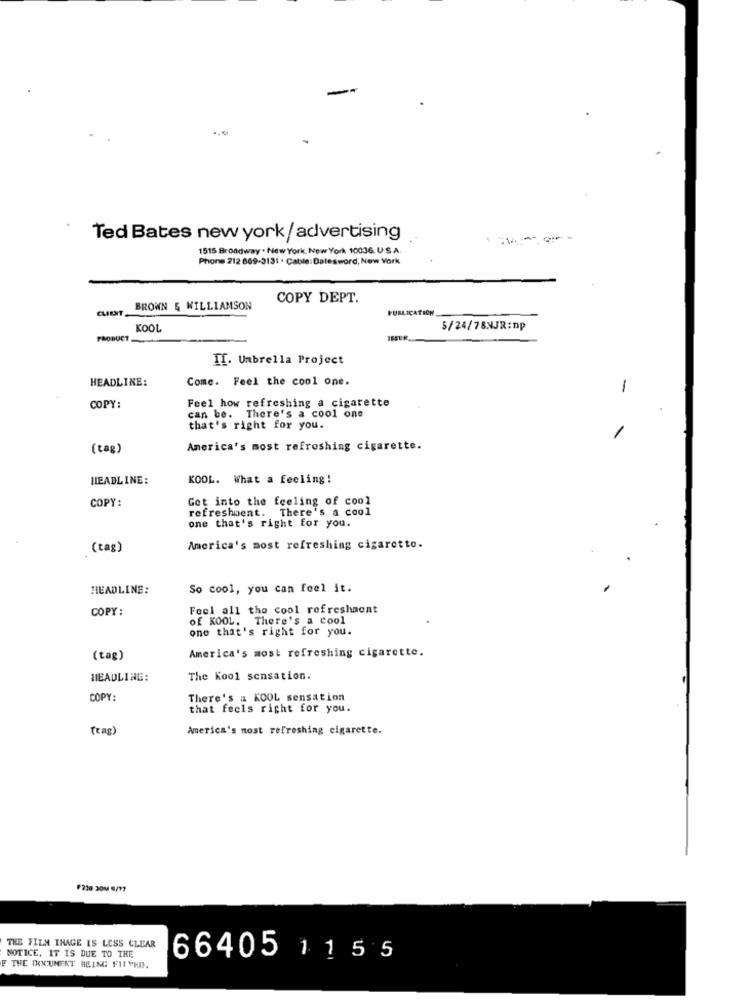
Ted Bates new york/ advertising
1515 Broadway . New York, New York 10036. U.S.A.
Phone 212 869-3131 . Cable: Datesword, New York
COPY DEPT.
CLIENT_
BROWN 5 WILLIAMSON
PUBLICATION
KOOL
5/24/78WJR:np
PRODUCT
II. Umbrella Project
HEADLINE:
Come. Feel the cool one.
1
Feel how refreshing a cigarette
COPY
can be. There's a cool one
that's right for you.
(tag)
America's most refreshing cigarette.
HEADLINE:
KOOL. What a feeling!
COPY:
Got into the feeling of cool
refreshment. There's a cool
one that's right for you.
(tag)
America's most refreshing cigaretto.
HEADLINE:
So cool, you can feel it.
COPY:
Feel all the cool refreshment
Of KOOL. There's a cool
one that's right for you.
America's most refreshing cigarette.
(tag)
HEADLING:
The Kool sensation.
COPY :
There's a KOOL sensation
that feels right for you.
(tag)
America's most refreshing cigarette.
THE FILM THAGE IS LESS CLEAR
NOTICE, IT IS DUE TO THE
66405 1155
F THE DOCUMENT BEING FURYKD.